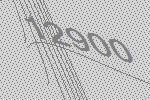
12900